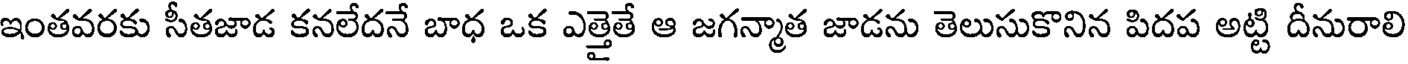
ఇంతవరకు సీతజాడ కనలేదనే బాధ ఒక ఎత్తైతే ఆ జగన్మాత జాడను తెలుసుకొనిన పిదప అట్టి దీనురాలి